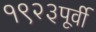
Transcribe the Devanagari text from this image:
१९२३पूर्वी